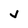
Character: V